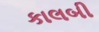
કાલબી